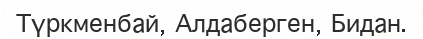
Түркменбай, Алдаберген, Бидан.